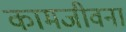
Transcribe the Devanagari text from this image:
कामजीवना